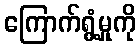
ကြောက်ရွံ့မှုကို